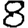
Digit: 8